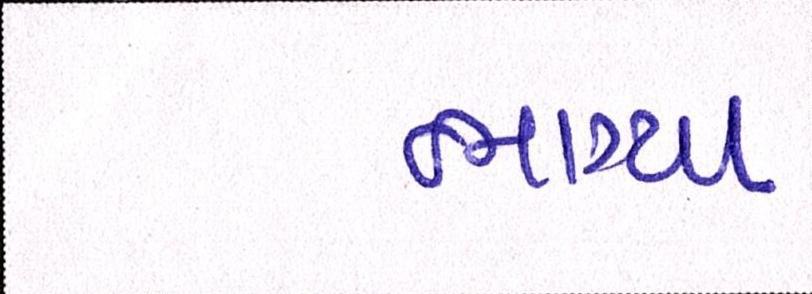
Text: ભાગ્યા